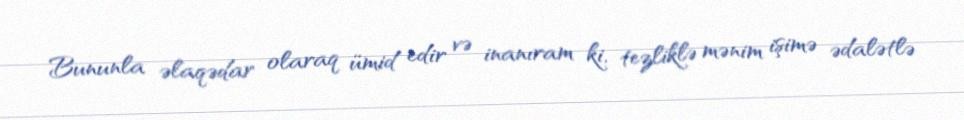
Bununla əlaqədar olaraq ümid edir və inanıram ki, tezliklə mənim işimə ədalətlə